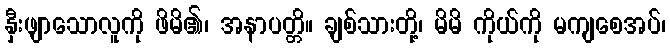
နှီးဖျာသောလူကို ဖိမိ၏၊ အနာပတ္တိ။ ချစ်သားတို့၊ မိမိ ကိုယ်ကို မကျစေအပ်၊